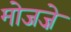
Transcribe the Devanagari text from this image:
मोजज़े